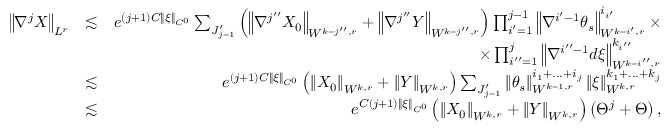
\begin{array} { r l r } { \left\Vert \nabla ^ { j } X \right\Vert _ { L ^ { r } } } & { \lesssim } & { e ^ { \left( j + 1 \right) C \left\Vert \xi \right\Vert _ { C ^ { 0 } } } \sum _ { J _ { j - 1 } ^ { \prime } } \left( \left\Vert \nabla ^ { j ^ { \prime \prime } } X _ { 0 } \right\Vert _ { W ^ { k - j ^ { \prime \prime } , r } } + \left\Vert \nabla ^ { j ^ { \prime \prime } } Y \right\Vert _ { W ^ { k - j ^ { \prime \prime } , r } } \right) \prod _ { i ^ { \prime } = 1 } ^ { j - 1 } \left\Vert \nabla ^ { i ^ { \prime } - 1 } \theta _ { s } \right\Vert _ { W ^ { k - i ^ { \prime } , r } } ^ { i _ { i ^ { \prime } } } \times } \\ & { } & { \times \prod _ { i ^ { \prime \prime } = 1 } ^ { j } \left\Vert \nabla ^ { i ^ { \prime \prime } - 1 } d \xi \right\Vert _ { W ^ { k - i ^ { \prime \prime } , r } } ^ { k _ { i ^ { \prime \prime } } } } \\ & { \lesssim } & { e ^ { \left( j + 1 \right) C \left\Vert \xi \right\Vert _ { C ^ { 0 } } } \left( \left\Vert X _ { 0 } \right\Vert _ { W ^ { k , r } } + \left\Vert Y \right\Vert _ { W ^ { k , r } } \right) \sum _ { J _ { j - 1 } ^ { \prime } } \left\Vert \theta _ { s } \right\Vert _ { W ^ { k - 1 , r } } ^ { i _ { 1 } + . . . + i _ { j } } \left\Vert \xi \right\Vert _ { W ^ { k , r } } ^ { k _ { 1 } + . . . + k _ { j } } } \\ & { \lesssim } & { e ^ { C \left( j + 1 \right) \left\Vert \xi \right\Vert _ { C ^ { 0 } } } \left( \left\Vert X _ { 0 } \right\Vert _ { W ^ { k , r } } + \left\Vert Y \right\Vert _ { W ^ { k , r } } \right) \left( \Theta ^ { j } + \Theta \right) , } \end{array}